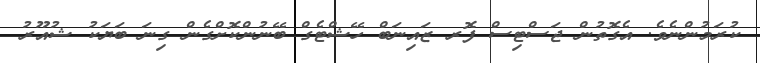
ކުރަމުންނެވެ. އެގޮތުން ޖަސްޓިސް ފޮރ ޒައިނަބް ހޭޝްޓެގް ބޭނުންކޮށްގެން ގިނަ ބަޔަކު ޝުއޫރު